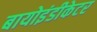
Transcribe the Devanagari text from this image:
बायोइंडीकेटर